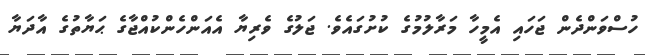
ހުސްވަންދެން ޖަހައި އެމީހާ މަރާލުމުގެ ކުށުގައެވެ. ޖަލުގެ ވެރިޔާ އެއަންހެންކުއްޖާގެ ޙަޔާތުގެ އާދަޔާ